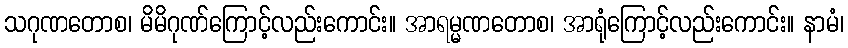
သဂုဏတောစ၊ မိမိဂုဏ်ကြောင့်လည်းကောင်း။ အာရမ္မဏတောစ၊ အာရုံကြောင့်လည်းကောင်း။ နာမံ၊